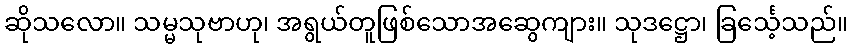
ဆိုသလော။ သမ္မသုဗာဟု၊ အရွယ်တူဖြစ်သောအဆွေကျား။ သုဒဋ္ဌော၊ ခြင်္သေ့သည်။